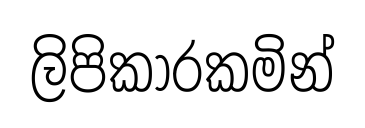
ලිපිකාරකමින්